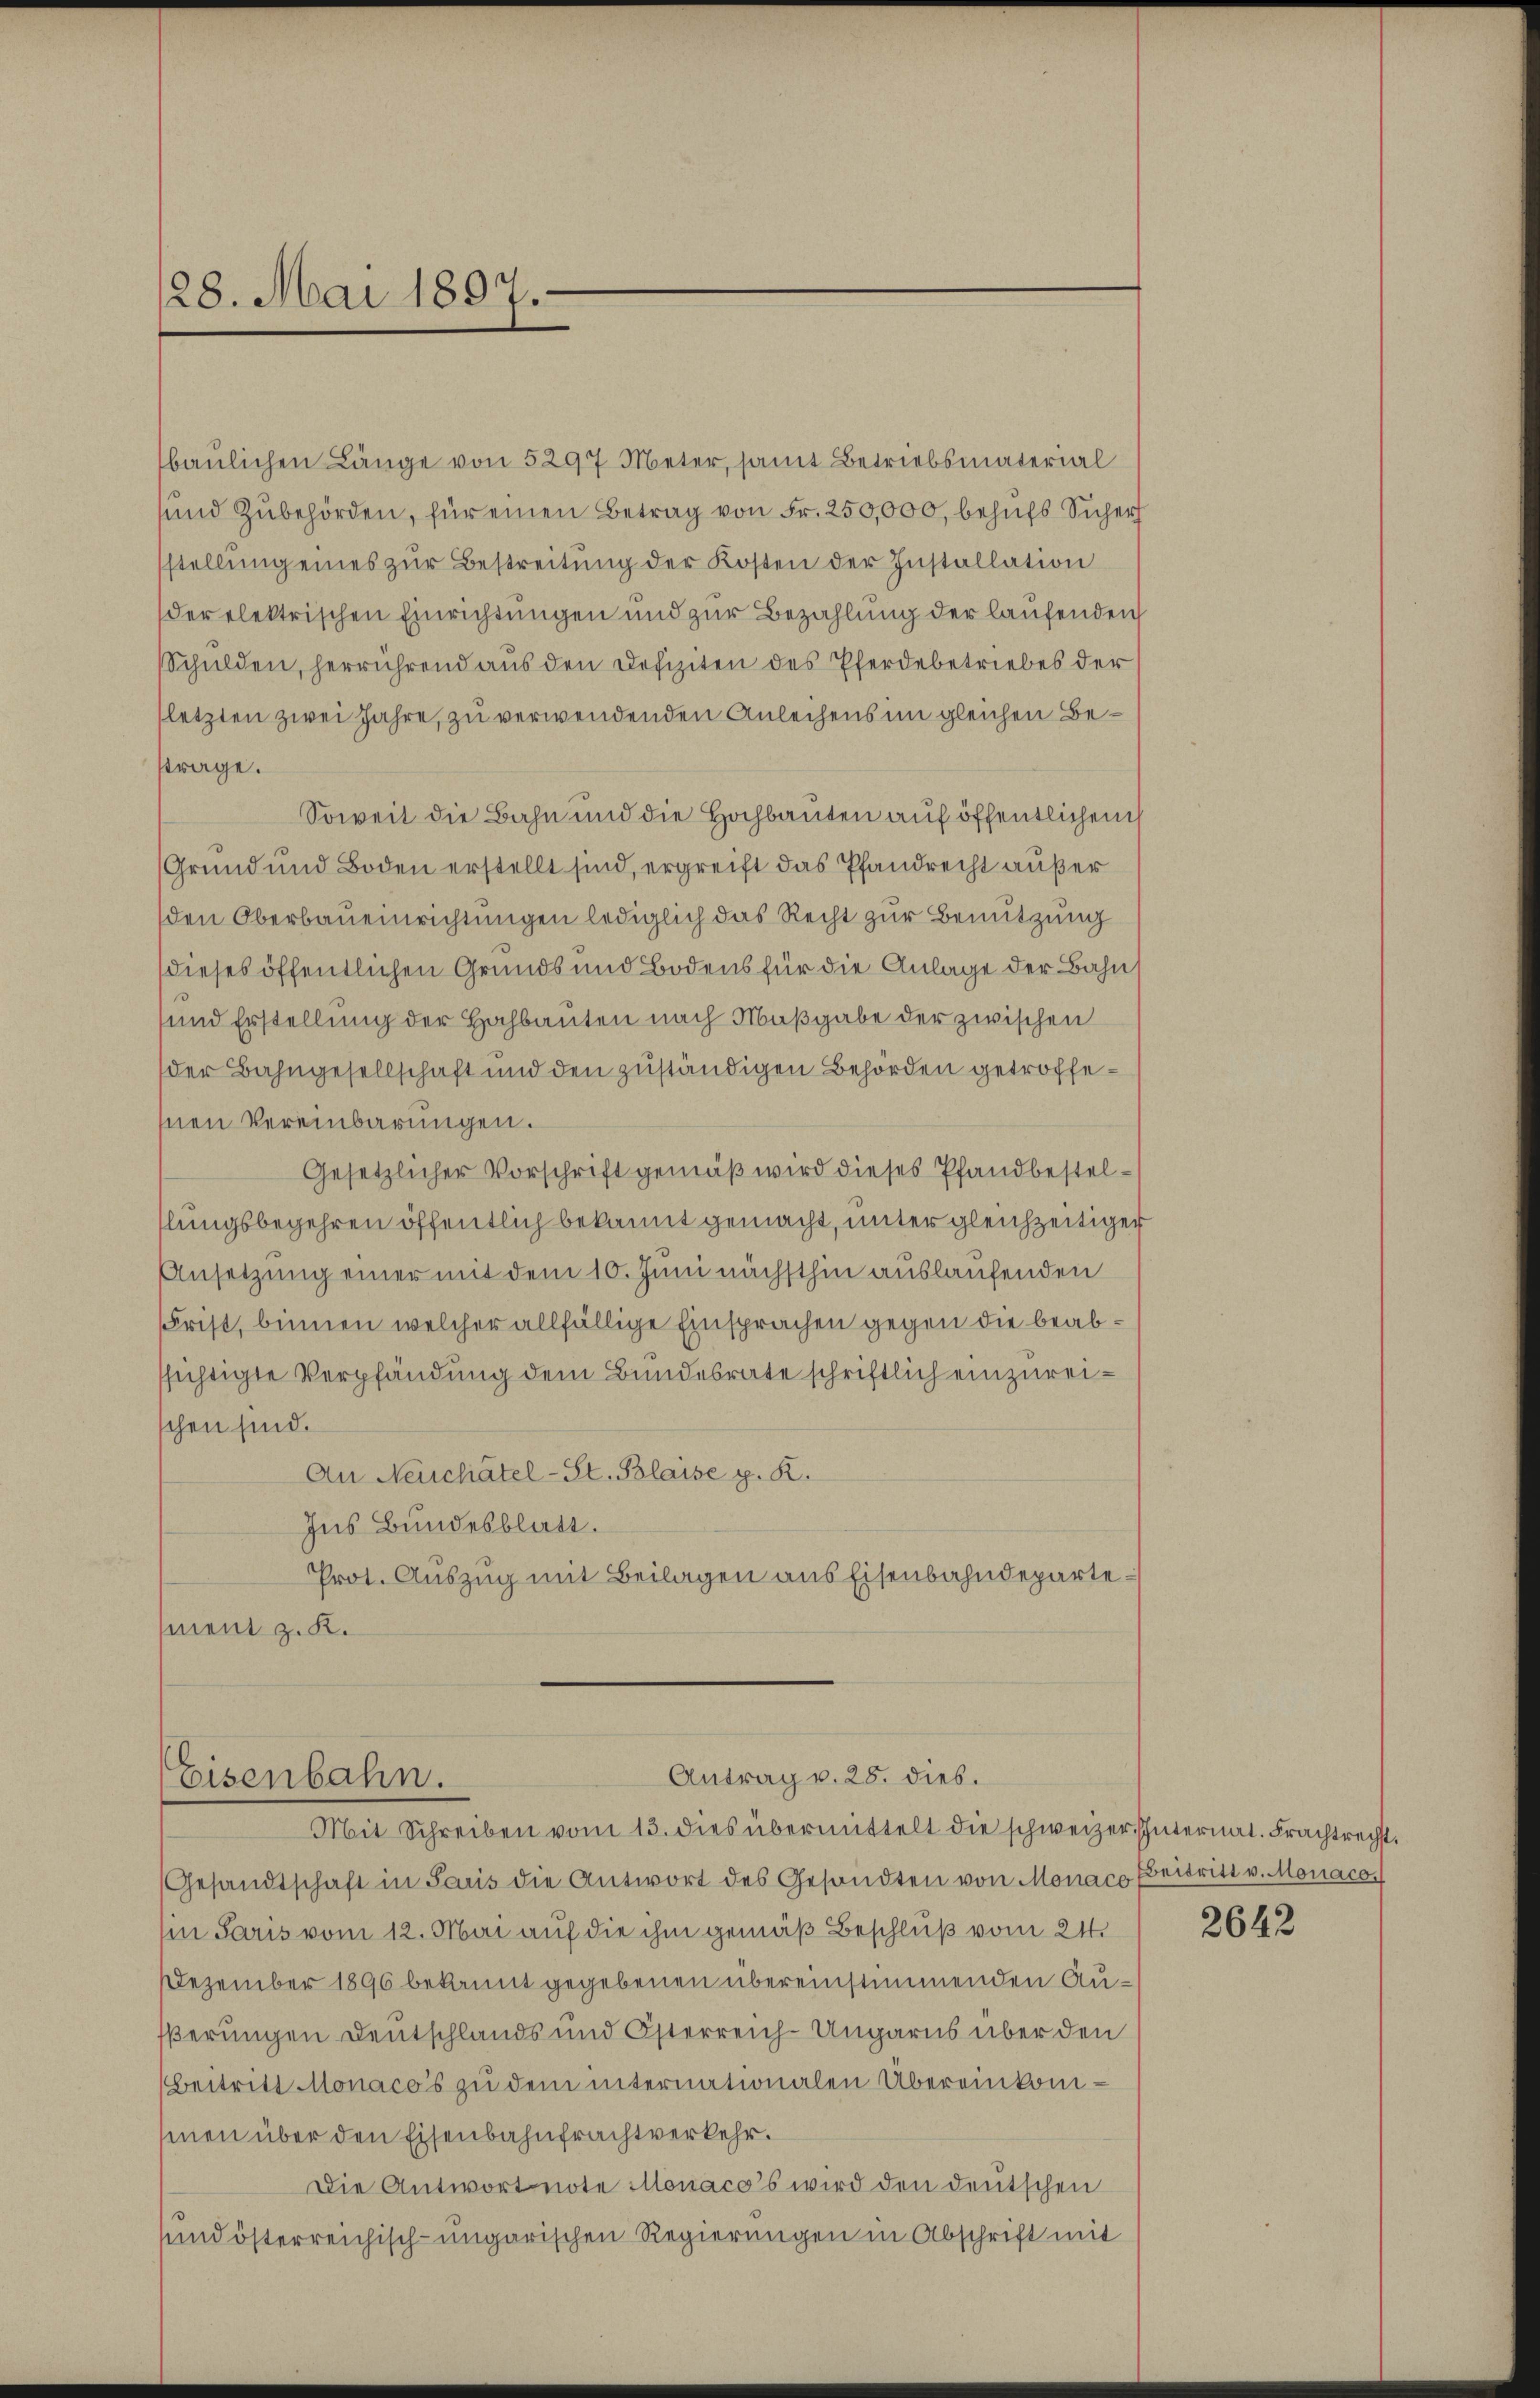
28. Mai 1897.

baulichen Länge von 5297 Meter, samt Betriebsmaterial
und Zubehörden, für einen Betrag von Fr. 250,000, behufs Sicher
sstellŭng eines zŭr Bestreitŭng der Kosten der Installation
der elektrischen Einrichtungen und zur Bezahlung der laufenden
Schulden, herrührend aŭs den Defiziten des Pferdebetriebes der
letzten zwei Jahre, zu verwendenden Anleihens im gleichen Bestrage.
Soweit die Bahn und die Hochbauten auf öffentlichen
Grund und Boden erstellt sind, ergreift das Pfandrecht außer
den Oberbaueinrichtungen lediglich das Recht zur Benutzung
dieses öffentlichen Grunds und Bodens für die Anlage der Bahn
und Erstellung der Hochbauten nach Maßgabe der zwischen
der Bahngesellschaft und den zuständigen Behörden getroffehnen Vereinbarungen.
Gesetzlicher Vorschrift gemäβ wird dieses Pfandbestelslungsbegehren öffentlich bekannt gemacht, unter gleichzeitiger
Ansetzung einer mit dem 10. Juni nächsthin auslaufenden
Frist, binnen welcher allfällige Einsprachen gegen die beabssichtigte Verpfändung dem Bundesrate schriftlich einzureichen sind.
An Neuchâtel-St. Blaise p. K.
Ins Bundesblatt.
Prot. Auszug mit Beilagen aus Eisenbahndepartement z. K.

Antrag v. 28. dies.
Eisenbahn.

Mit Schreiben vom 13. dies übermittelt die schweizer Internat. Frachtrecht.
Gesandtschaft in Paris die Antwort des Gesandten von Monaco Beitritt v. Monaco,
Ein Paris vom 12. Mai auf die ihm gemäß Beschluß vom 24.
Dezember 1896 bekannt gegebenen übereinstimmenden Außerungen Deutschlands und Österreich-Ungarns über den
Beitritt Monacos zŭ dem internationalen Übereinkomsmen über den Eisenbahnfrachtverkehr.
Die Antwort note Monaco’s wird den deutschen
sund österreichisch-ungarischen Regierungen in Abschrift mit

2642